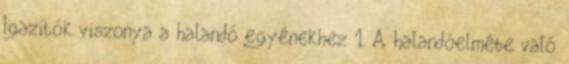
Igazítók viszonya a halandó egyénekhez 1. A halandóelmébe való